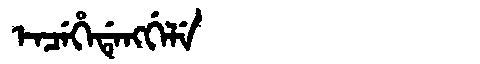
Manchu: ᡝᠨᠴᡝᡥᡝᡩᡝᠩᡤᡝᠯᡝ
Romanization: ENCEHEDENGGELE